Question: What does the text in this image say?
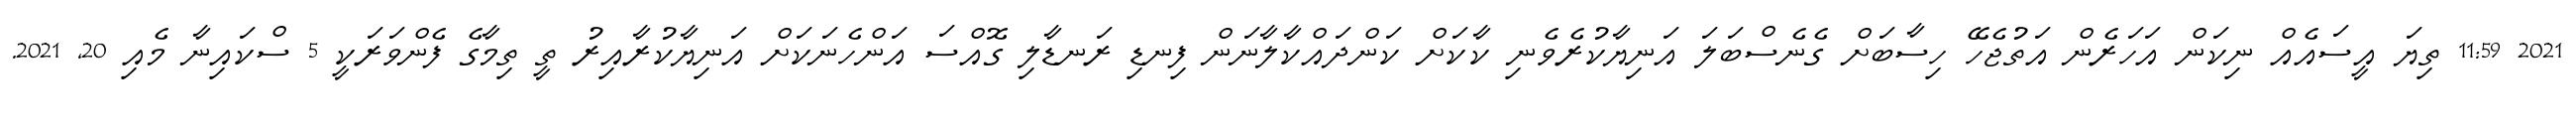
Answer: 2021 11:59 ތިޔަ އީސައެއް ނިކަން އަހަރެން އަތުޖެހޭ ހިސާބަށް ގެނެސްބަލަ އަނިޔާކުރެވެނި ކާކަށް ކަންދައްކާލާނަން ފިނޑި ރަނޑާލި ގޮއްސަ އަންހެނަކަށް އަނިޔާކުރާއިރު ތީ ތިމާގެ ފެންވަރަކީ 5 ސްކައިނާ މެއި 20, 2021.